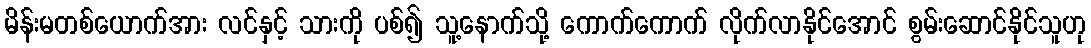
မိန်းမတစ်ယောက်အား လင်နှင့် သားကို ပစ်၍ သူ့နောက်သို့ ကောက်ကောက် လိုက်လာနိုင်အောင် စွမ်းဆောင်နိုင်သူဟု